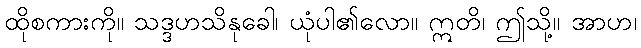
ထိုစကားကို။ သဒ္ဒဟသိနုခေါ၊ ယုံပါ၏လော။ ဣတိ၊ ဤသို့။ အာဟ၊